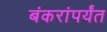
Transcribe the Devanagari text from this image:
बंकरांपर्यंत